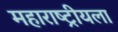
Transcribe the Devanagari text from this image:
महाराष्ट्रीयला